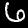
Label: 6